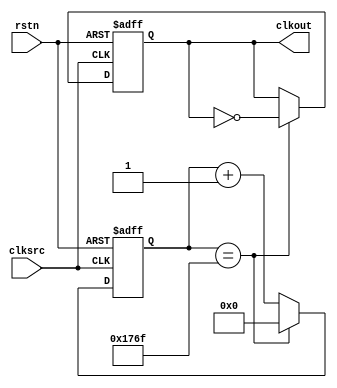
//////////////////////////////////////////////////////////////////////////////////
// Company: 
// Engineer: 
// 
// Design Name: 
// Module Name: clock_div
// Project Name: 
// Target Devices: 
// Tool Versions: 
// Description: 
// 
// Dependencies: 
// 
// Revision:
// Revision 0.01 - File Created
// Additional Comments:
// 
//////////////////////////////////////////////////////////////////////////////////


module clock_div(
    input rstn,
    input clksrc,
    output clkout
);

parameter FREQ_INPUT  = 12_000_000;
parameter FREQ_OUTPUT = 1_000;
parameter CNTER_MAX = FREQ_INPUT/(FREQ_OUTPUT*2);
parameter CNTER_WIDTH = $clog2(CNTER_MAX);

reg clkout_r;
reg [CNTER_WIDTH-1:0] cnter;
assign clkout = clkout_r;

always @(negedge rstn,posedge clksrc) begin
    if(!rstn)begin
        cnter <= {CNTER_WIDTH{1'b0}};
        clkout_r <= 1'b0;
    end
    else begin
        if(cnter == CNTER_MAX - 1'b1)begin
            clkout_r <= ~clkout_r;
            cnter <= {CNTER_WIDTH{1'b0}};            
        end
        else begin
            cnter <= cnter + 1'b1;
        end
    end    
end

endmodule